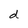
Character: d